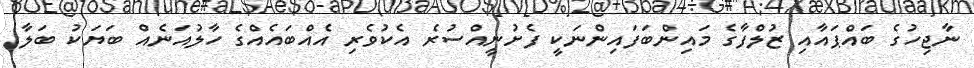
ނާޖިހުގެ ބައްޕައާއި ޒުލްފާގެ މައިންބަފައިންނަކީ ފެށުނީއްސުރެ އެކުވެރި އެއްބައެއްގެ ހާލުއަނެއް ބަޔަކު ބަލާ